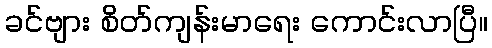
ခင်ဗျား စိတ်ကျန်းမာရေး ကောင်းလာပြီ။